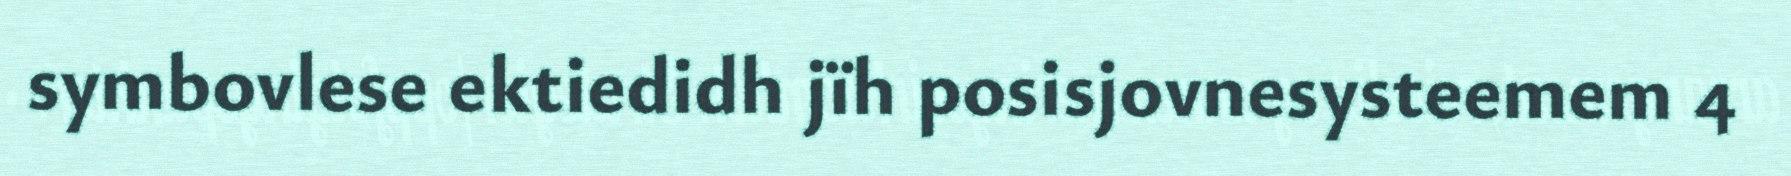
symbovlese ektiedidh jïh posisjovnesysteemem 4